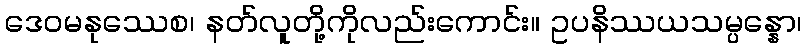
ဒေဝမနုဿေစ၊ နတ်လူတို့ကိုလည်းကောင်း။ ဥပနိဿယသမ္ပန္နော၊